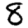
Digit: 8